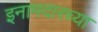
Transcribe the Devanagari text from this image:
इनामदारच्या